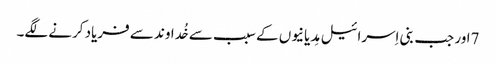
7اور جب بنی اِسرائیل مِدیانیوں کے سبب سے خُداوند سے فریاد کرنے لگے۔